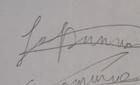
Signature authenticity: forged